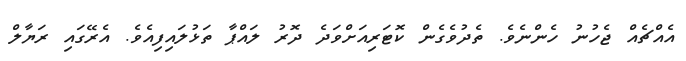
އެއްޗެއް ޖެހުނު ހެންނެވެ. ތެދުވެގެން ކޮޓަރިއަށްވަދެ ދޮރު ލައްޕާ ތަޅުލައިފިއެވެ. އެރޭގައި ރަޔާލް